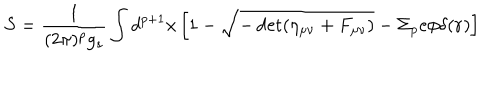
LaTeX: S = \frac { 1 } { ( 2 \pi ) ^ { p } g _ { s } } \int d ^ { p + 1 } x \left[ 1 - \sqrt { - \det ( \eta _ { \mu \nu } + F _ { \mu \nu } ) } - \Sigma _ { p } e \phi \delta ( { \bf r } ) \right]